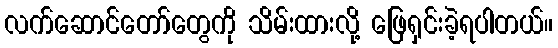
လက်ဆောင်တော်တွေကို သိမ်းထားလို့ ဖြေရှင်းခဲ့ရပါတယ်။